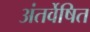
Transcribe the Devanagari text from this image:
अंतर्वेषित